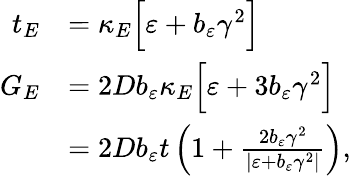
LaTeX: \begin{array}{rl}{t_{E}}&{=\kappa_{E}\Big[\varepsilon+b_{\varepsilon}\gamma^{2}\Big]}\\ {G_{E}}&{=2Db_{\varepsilon}\kappa_{E}\Big[\varepsilon+3b_{\varepsilon}\gamma^{2}\Big]}\\ &{=2Db_{\varepsilon}t\left(1+\frac{2b_{\varepsilon}\gamma^{2}}{\vert\varepsilon+b_{\varepsilon}\gamma^{2}\vert}\right),}\end{array}